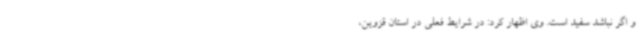
و اگر نباشد سفید است. وی اظهار کرد: در شرایط فعلی در استان قزوین،